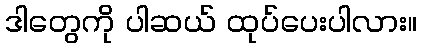
ဒါတွေကို ပါဆယ် ထုပ်ပေးပါလား။